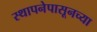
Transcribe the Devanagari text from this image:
स्थापनेपासूनच्या